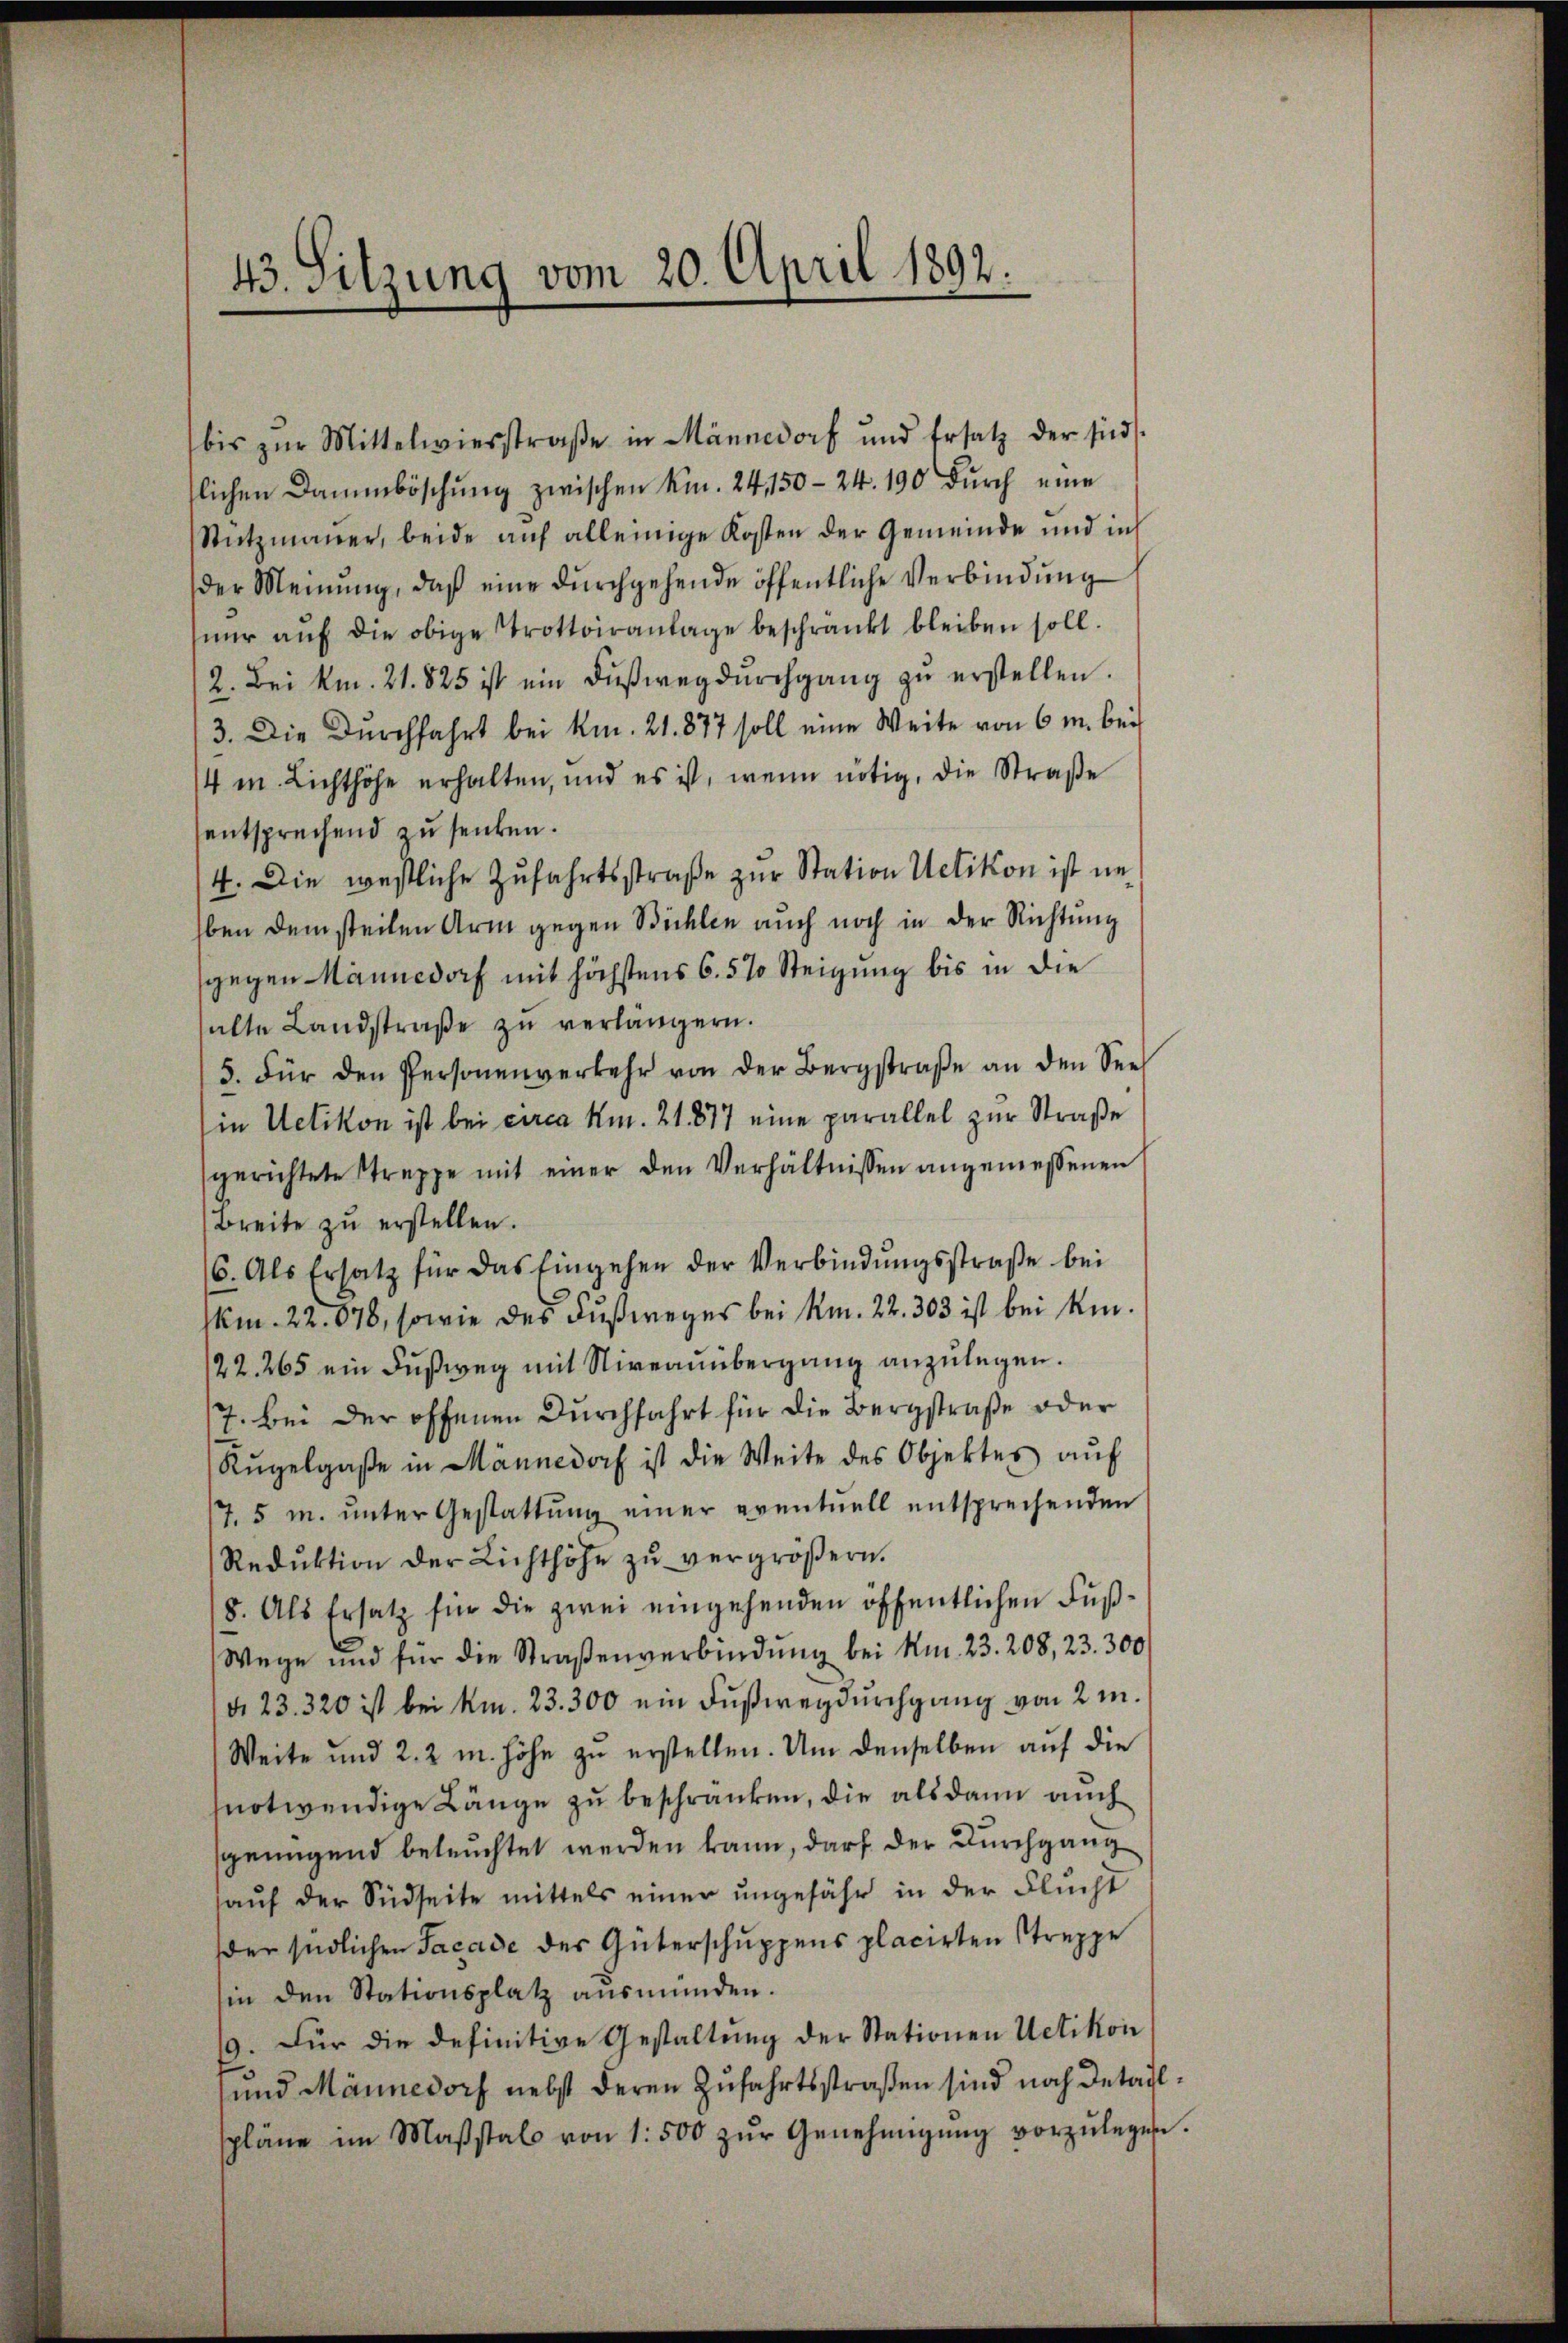
bis zŭr Mittelwiesstraβe in Männedorf und Ersatz der sind.
slichen Dammböschŭng zwischen Kin. 24, 150 - 24. 190 dŭrch eine
Stützmauer, beide auf alleinige Kosten der Gemeinde und in
der Meinung, daß eine durchgehende öffentliche Verbindung
nŭr aŭf die obige trottoiranlage beschränkt bleiben soll.
2. Bei km. 21. 825 ist ein Dŭβwegdŭrchgang zŭ erstellen.
3. Die Durchfahrt bei km. 21. 877 soll eine Weite von 6 m. bei
4 m. Lichthöhe erhalten, und es ist, wenn nötig, die Straße
entsprechend zu senken.
4. Die westliche Zufahrtsstraße zur Station Uetikon ist unben dem steilen Arm gegen Büchlen auch noch in der Richtung
sgegen Männedorf mit höchstens 6.5% Steigung bis in die
halte Landstraβe zŭ verlängern.
5. Für den Personenverkehr von der Bergstraβe an den Seel
in Uetikon ist bei circa Km. 21. 877 eine parallel zur Straße
gerichtete Streppe mit einer den Verhältnissen angemessenen
Breite zu erstellen.
16. Als Ersatz für das Eingehen der Verbindŭngsstraße bei
Mm. 22. 678, sowie des Fußweges bei Am. 22. 303 ist bei kin¬
22. 265 ein Fußweg mit Niveauübergang anzulegen.
7. bei der offenen Durchfahrt für die Bergstraße oder
Rŭgelgaße in Männedorf ist die Weite des Objektes aŭf
17,5 m. ŭnter Gestattŭng einer eventuell entsprechenden
Reduktion der Lichthöhe zŭ vergröβern.
8. Als Ersatz für die zwei eingehenden öffentlichen Fuß¬
Wege und für die Straßenverbindŭng bei Am. 23. 208, 23. 300
d. 23. 320 ist bei km. 23. 300 ein Fußweg durchgang von 2 m
Weite und 2, 2 m. höhe zu erstellen. Um denselben auf die
notwendige Länge zu beschränken, die alsdann auch
springend beleuchtet werden kann, darf der Durchgang
aŭf der Südseite mittels einer ungefähr in der Flucht
der südlichen Facade des Güterschuppens placirten Streppe
hin den Stationsplatz ausmünden.
9. Für die definitive Gestaltung der Stationen Uetikon
und Männedorf nebst deren Zufahrtsstraßen sind noch Detailspläne im Maßstals von 1500 zŭr Genehmigŭng vorzŭlegen.

43. Sitzung vom 20. April 1892.